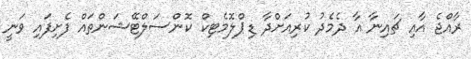
ރާއްޖެ އާއި ޗައިނާ އާ ދެމެދު ކުރިއަށްދާ ޑިޕްލޮމެޓިކް ކޮންސަލްޓޭޝަންތައް ފެށިފައި ވަނީ